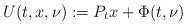
\begin{align*}U(t,x,\nu):=P_tx+\Phi(t,\nu)\end{align*}